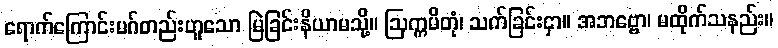
ရောက်ကြောင်းမဂ်တည်းဟူသော မြဲခြင်းနိယာမသို့။ ဩက္ကမိတုံ၊ သက်ခြင်းငှာ။ အဘဗ္ဗော၊ မထိုက်သနည်း။